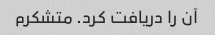
آن را دریافت کرد. متشکرم